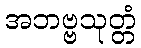
အဘဗ္ဗသုတ္တံ